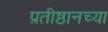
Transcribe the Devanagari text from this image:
प्रतीष्ठानच्या